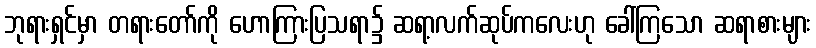
ဘုရားရှင်မှာ တရားတော်ကို ဟောကြားပြသရာ၌ ဆရာ့လက်ဆုပ်ကလေးဟု ခေါ်ကြသော ဆရာစားများ